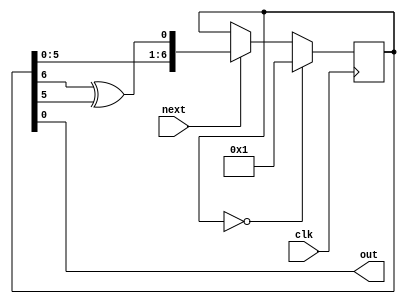

`default_nettype none

/* 1-bit random bit generator */
module PRBS7(
    input wire clk, 
    input wire next,
    output wire out);

reg [6:0] d;

always @(posedge clk) 
begin
    if (next == 1)
        d <= { d[5:0], d[6] ^ d[5] };
    
    if (d == 0)
        d <= 1;
end

assign out = d[0];

endmodule